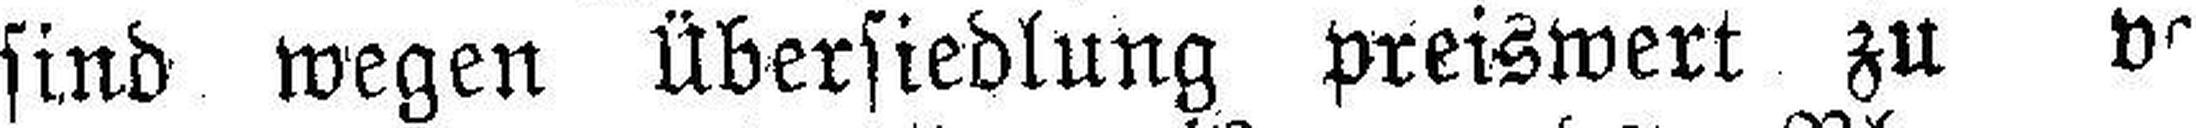
sind wegen Übersiedlung preiswert zu ver¬